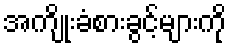
အကျိုးခံစားခွင့်များကို